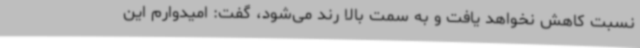
نسبت کاهش نخواهد یافت و به سمت بالا رند می‌شود، گفت: امیدوارم این